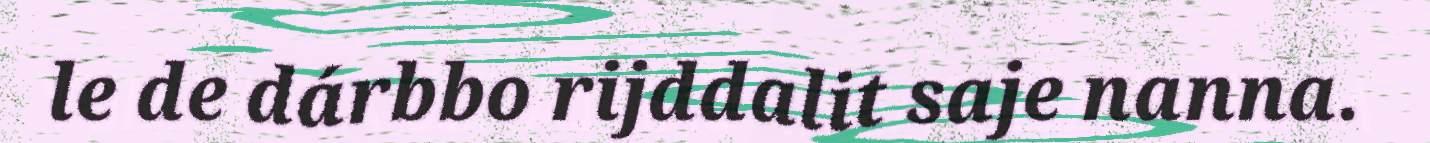
le de dárbbo rijddalit saje nanna.